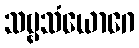
သဗ္ဗသံယောဂေ